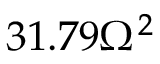
3 1 . 7 9 \Omega ^ { 2 }